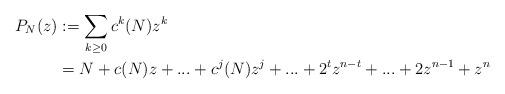
LaTeX: \begin{align*}P_N(z) &:= \sum_{k\geq 0} c^k(N)z^k \\&= N + c(N)z + ... + c^j(N)z^j + ... + 2^tz^{n - t} + ... + 2z^{n-1} + z^n\end{align*}